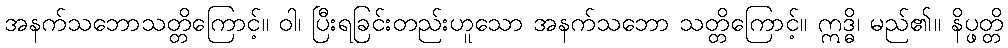
အနက်သဘောသတ္တိကြောင့်။ ဝါ၊ ပြီးရခြင်းတည်းဟူသော အနက်သဘော သတ္တိကြောင့်။ ဣဒ္ဓိ၊ မည်၏။ နိပ္ဖတ္တိ